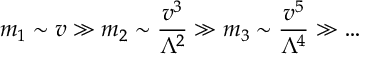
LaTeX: m _ { 1 } \sim v \gg m _ { 2 } \sim \frac { v ^ { 3 } } { \Lambda ^ { 2 } } \gg m _ { 3 } \sim \frac { v ^ { 5 } } { \Lambda ^ { 4 } } \gg \ldots